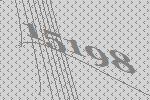
15198